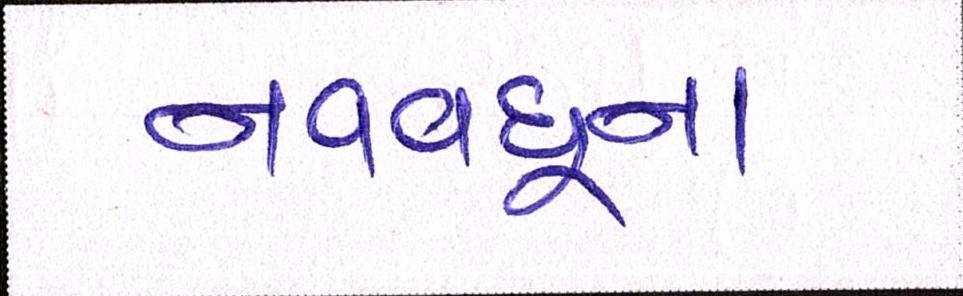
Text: નવવધૂના